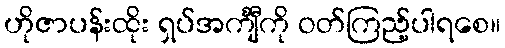
ဟိုဇာပန်းထိုး ရှပ်အင်္ကျီကို ဝတ်ကြည့်ပါရစေ။